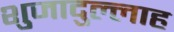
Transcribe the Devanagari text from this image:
शुजादुल्लाह